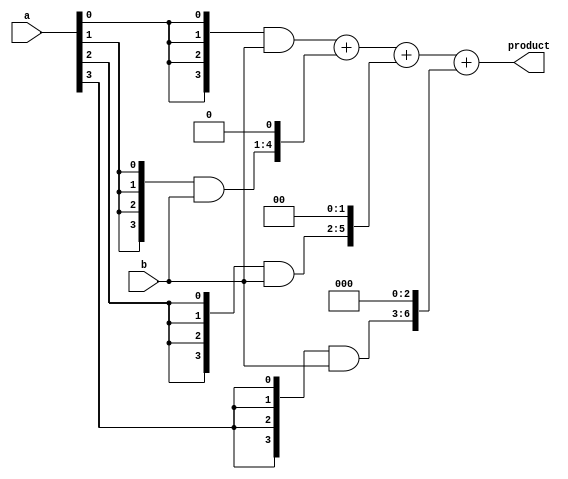
`timescale 1ns / 1ps
//////////////////////////////////////////////////////////////////////////////////
// Company: 
// Engineer: 
// 
// Design Name: 
// Module Name: seq_multiplier
// Project Name: 
// Target Devices: 
// Tool Versions: 
// Description: 
// 
// Dependencies: 
// 
// Revision:
// Revision 0.01 - File Created
// Additional Comments:
// 
//////////////////////////////////////////////////////////////////////////////////


module seq_multiplier(a,b,product);

    input [3:0] a,b;
    wire [3:0]m0;
    wire [4:0]m1;
    wire [5:0]m2;
    wire [6:0]m3;
    
    wire [7:0] s1,s2,s3;
    output [7:0] product;
    
    assign m0 = {4{a[0]}} & b[3:0];
    assign m1 = {4{a[1]}} & b[3:0];
    assign m2 = {4{a[2]}} & b[3:0];
    assign m3 = {4{a[3]}} & b[3:0];
    
    
    assign s1 = m0 + (m1<<1);
    assign s2 = s1 + (m2<<2);
    assign s3 = s2 + (m3<<3);
    assign product = s3;
    
endmodule